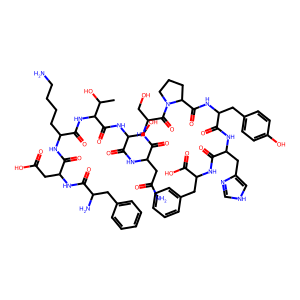
SMILES: CC(O)C(NC(=O)C(CCCCN)NC(=O)C(CC(=O)O)NC(=O)C(N)Cc1ccccc1)C(=O)NC(CO)C(=O)NC(CC(N)=O)C(=O)NC(CO)C(=O)N1CCCC1C(=O)NC(Cc1ccc(O)cc1)C(=O)NC(Cc1c[nH]cn1)C(=O)NC(Cc1ccccc1)C(=O)O
Inhibits HIV replication: No